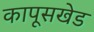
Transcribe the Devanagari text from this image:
कापूसखेड